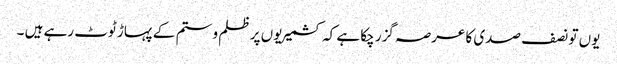
یوں تو نصف صدی کا عرصہ گزر چکا ہے کہ کشمیریوں پر ظلم و ستم کے پہاڑ ٹوٹ رہے ہیں ۔